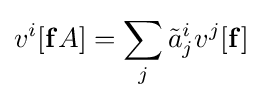
v^{i}[\mathbf {f} A]=\sum _{j}{\tilde {a}}_{j}^{i}v^{j}[\mathbf {f} ]